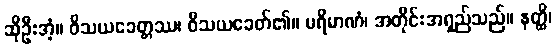
ဆိုဦးအံ့။ ဝိသယခေတ္တဿ၊ ဝိသယခေတ်၏။ ပရိမာဏံ၊ အတိုင်းအရှည်သည်။ နတ္ထိ၊